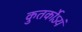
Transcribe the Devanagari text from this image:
कुतर्कोऽयं